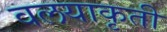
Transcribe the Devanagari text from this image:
वलयाकृती